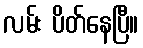
လမ်း ပိတ်နေပြီ။